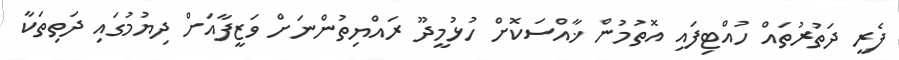
ފެރީ ދަތުރުތައް ހުއްޓިފައި އޮތުމުން ޚާއްސަކޮށް ހުޅުމީދޫ ރައްޔިތުންނަށް ވަޒީފާއަށް ދިޔުމުގައި ދަތިތަކާ